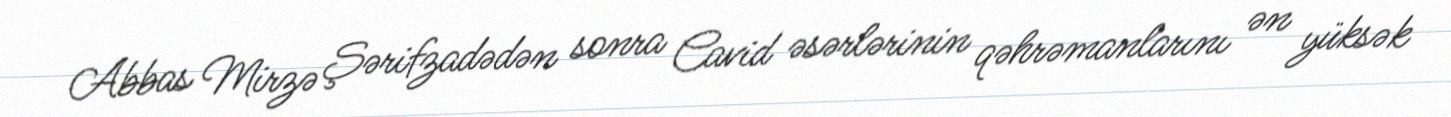
Abbas Mirzə Şərifzadədən sonra Cavid əsərlərinin qəhrəmanlarını ən yüksək